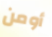
أومن